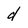
Character: d